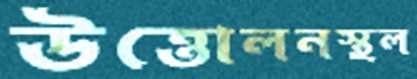
উত্তোলনস্থল